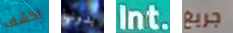
اكشف بدونها Int. جريغ